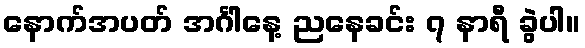
နောက်အပတ် အင်္ဂါနေ့ ညနေခင်း ၇ နာရီ ခွဲပါ။